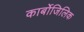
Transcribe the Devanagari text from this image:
कार्बोजिलिक